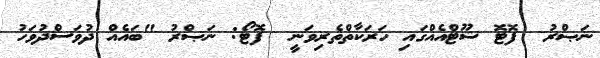
ނަޞްރު  ފޮޓޮ ޝޫޓްއެއްގައި ހަރަކާތްތެރިވަނީ  ފޮޓޯ: ނަޞްރު "ބައެއް ދުވަސްދުވަހު